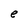
Character: e